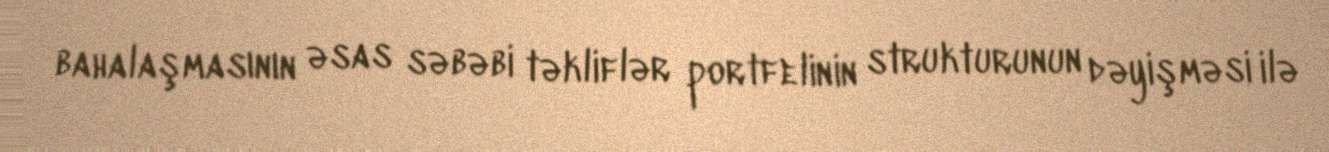
bahalaşmasının əsas səbəbi təkliflər portfelinin strukturunun dəyişməsi ilə